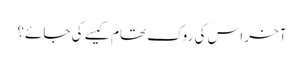
آخر اس کی روک تھام کیسے کی جائے؟